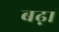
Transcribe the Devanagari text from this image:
बढ़़ा